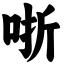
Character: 哳